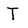
Character: T